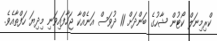
ކްރިމިނަލް ކޯޓުން ޝާހުގެ ބަންދަށް 11 ދުވަސް އަނެއްކާ ޖަހާފައިވަނި މިދިޔަ ހަފްތާއެވެ.